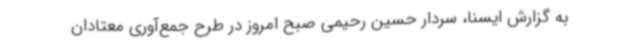
به گزارش ایسنا، سردار حسین رحیمی صبح امروز در طرح جمع‌آوری معتادان